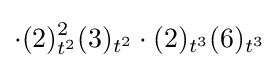
\cdot (2)_{t^{2}}^{2}(3)_{t^{2}}\cdot (2)_{t^{3}}(6)_{t^{3}}